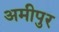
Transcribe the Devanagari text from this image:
अमीपुर